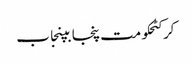
کرکٹحکومت پنجابپنجاب